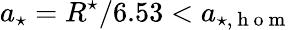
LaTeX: a_{\star}=R^{\star}/6.53<a_{\star,\mathrm{~h~o~m~}}